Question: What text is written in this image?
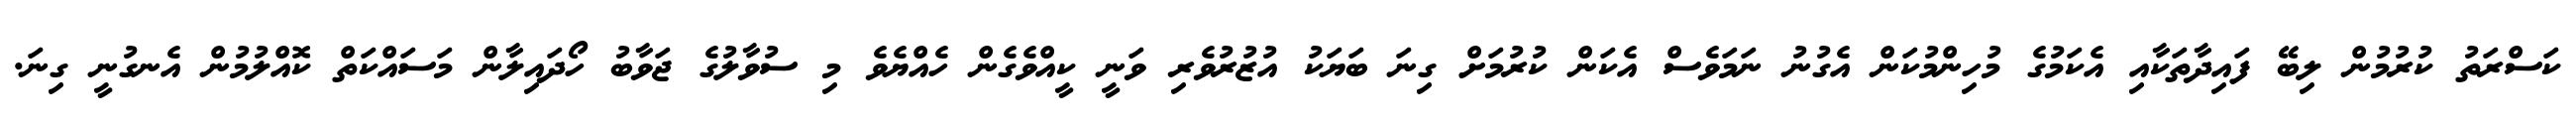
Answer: ކަސްރަތު ކުރުމުން ލިބޭ ފައިދާތަކާއި އެކަމުގެ މުހިންމުކަން އެގުނު ނަމަވެސް އެކަން ކުރުމަށް ގިނަ ބަޔަކު އުޒުރުވެރި ވަނީ ކީއްވެގެން ހެއްޔެވެ މި ސުވާލުގެ ޖަވާބު ހޯދައިލާން މަސައްކަތް ކޮއްލުމުން އެނގުނީ ގިނަ.